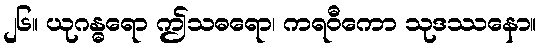
၂၆။ ယုဂန္ဓရော ဤသဓရော၊ ကရဝီကော သုဒဿနော။